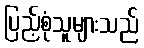
ပြည့်စုံသူများသည်